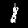
Label: 1